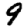
Digit: 9